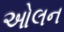
ઓલન